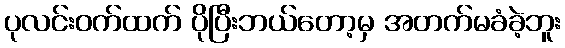
ပုလင်းဝက်ထက် ပိုပြီးဘယ်တော့မှ အတက်မခံခဲ့ဘူး